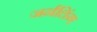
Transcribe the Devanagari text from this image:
जर्नलिंग